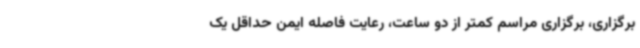
برگزاری، برگزاری مراسم کمتر از دو ساعت، رعایت فاصله ایمن حداقل یک